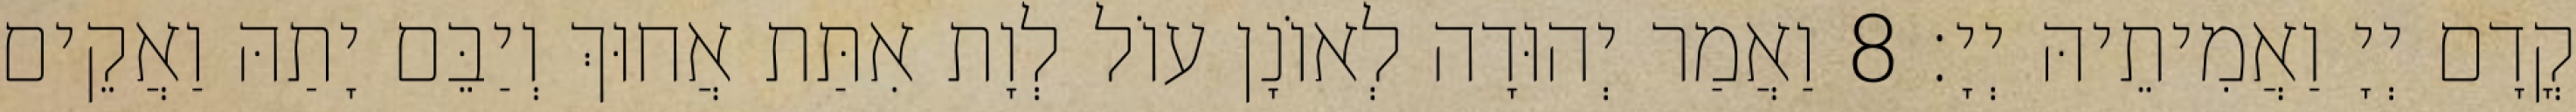
קֳדָם יְיָ וַאֲמִיתֵיהּ יְיָ׃ 8 וַאֲמַר יְהוּדָה לְאוֹנָן עוֹל לְוָת אִתַּת אֲחוּךְ וְיַבֵּם יָתַהּ וַאֲקֵים